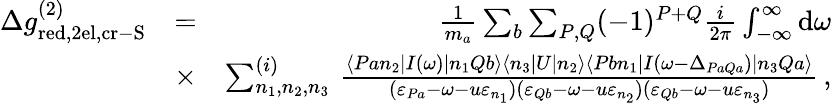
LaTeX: \begin{array}{rlr}{\Delta g_{\mathrm{red,2el,cr-S}}^{(2)}}&{=}&{\frac{1}{m_{a}}\sum_{b}\sum_{P,Q}(-1)^{P+Q}\frac{i}{2\pi}\int_{-\infty}^{\infty}\mathrm{d}\omega}\\ &{\times}&{\sum_{n_{1},n_{2},n_{3}}^{(i)}\, \frac{\langle Pan_{2}|I(\omega)|n_{1}Qb\rangle\langle n_{3}|U|n_{2}\rangle\langle Pbn_{1}|I(\omega-\Delta_{PaQa})|n_{3}Qa\rangle}{(\varepsilon_{Pa}-\omega-u\varepsilon_{n_{1}})(\varepsilon_{Qb}-\omega-u\varepsilon_{n_{2}})(\varepsilon_{Qb}-\omega-u\varepsilon_{n_{3}})}\, ,}\end{array}